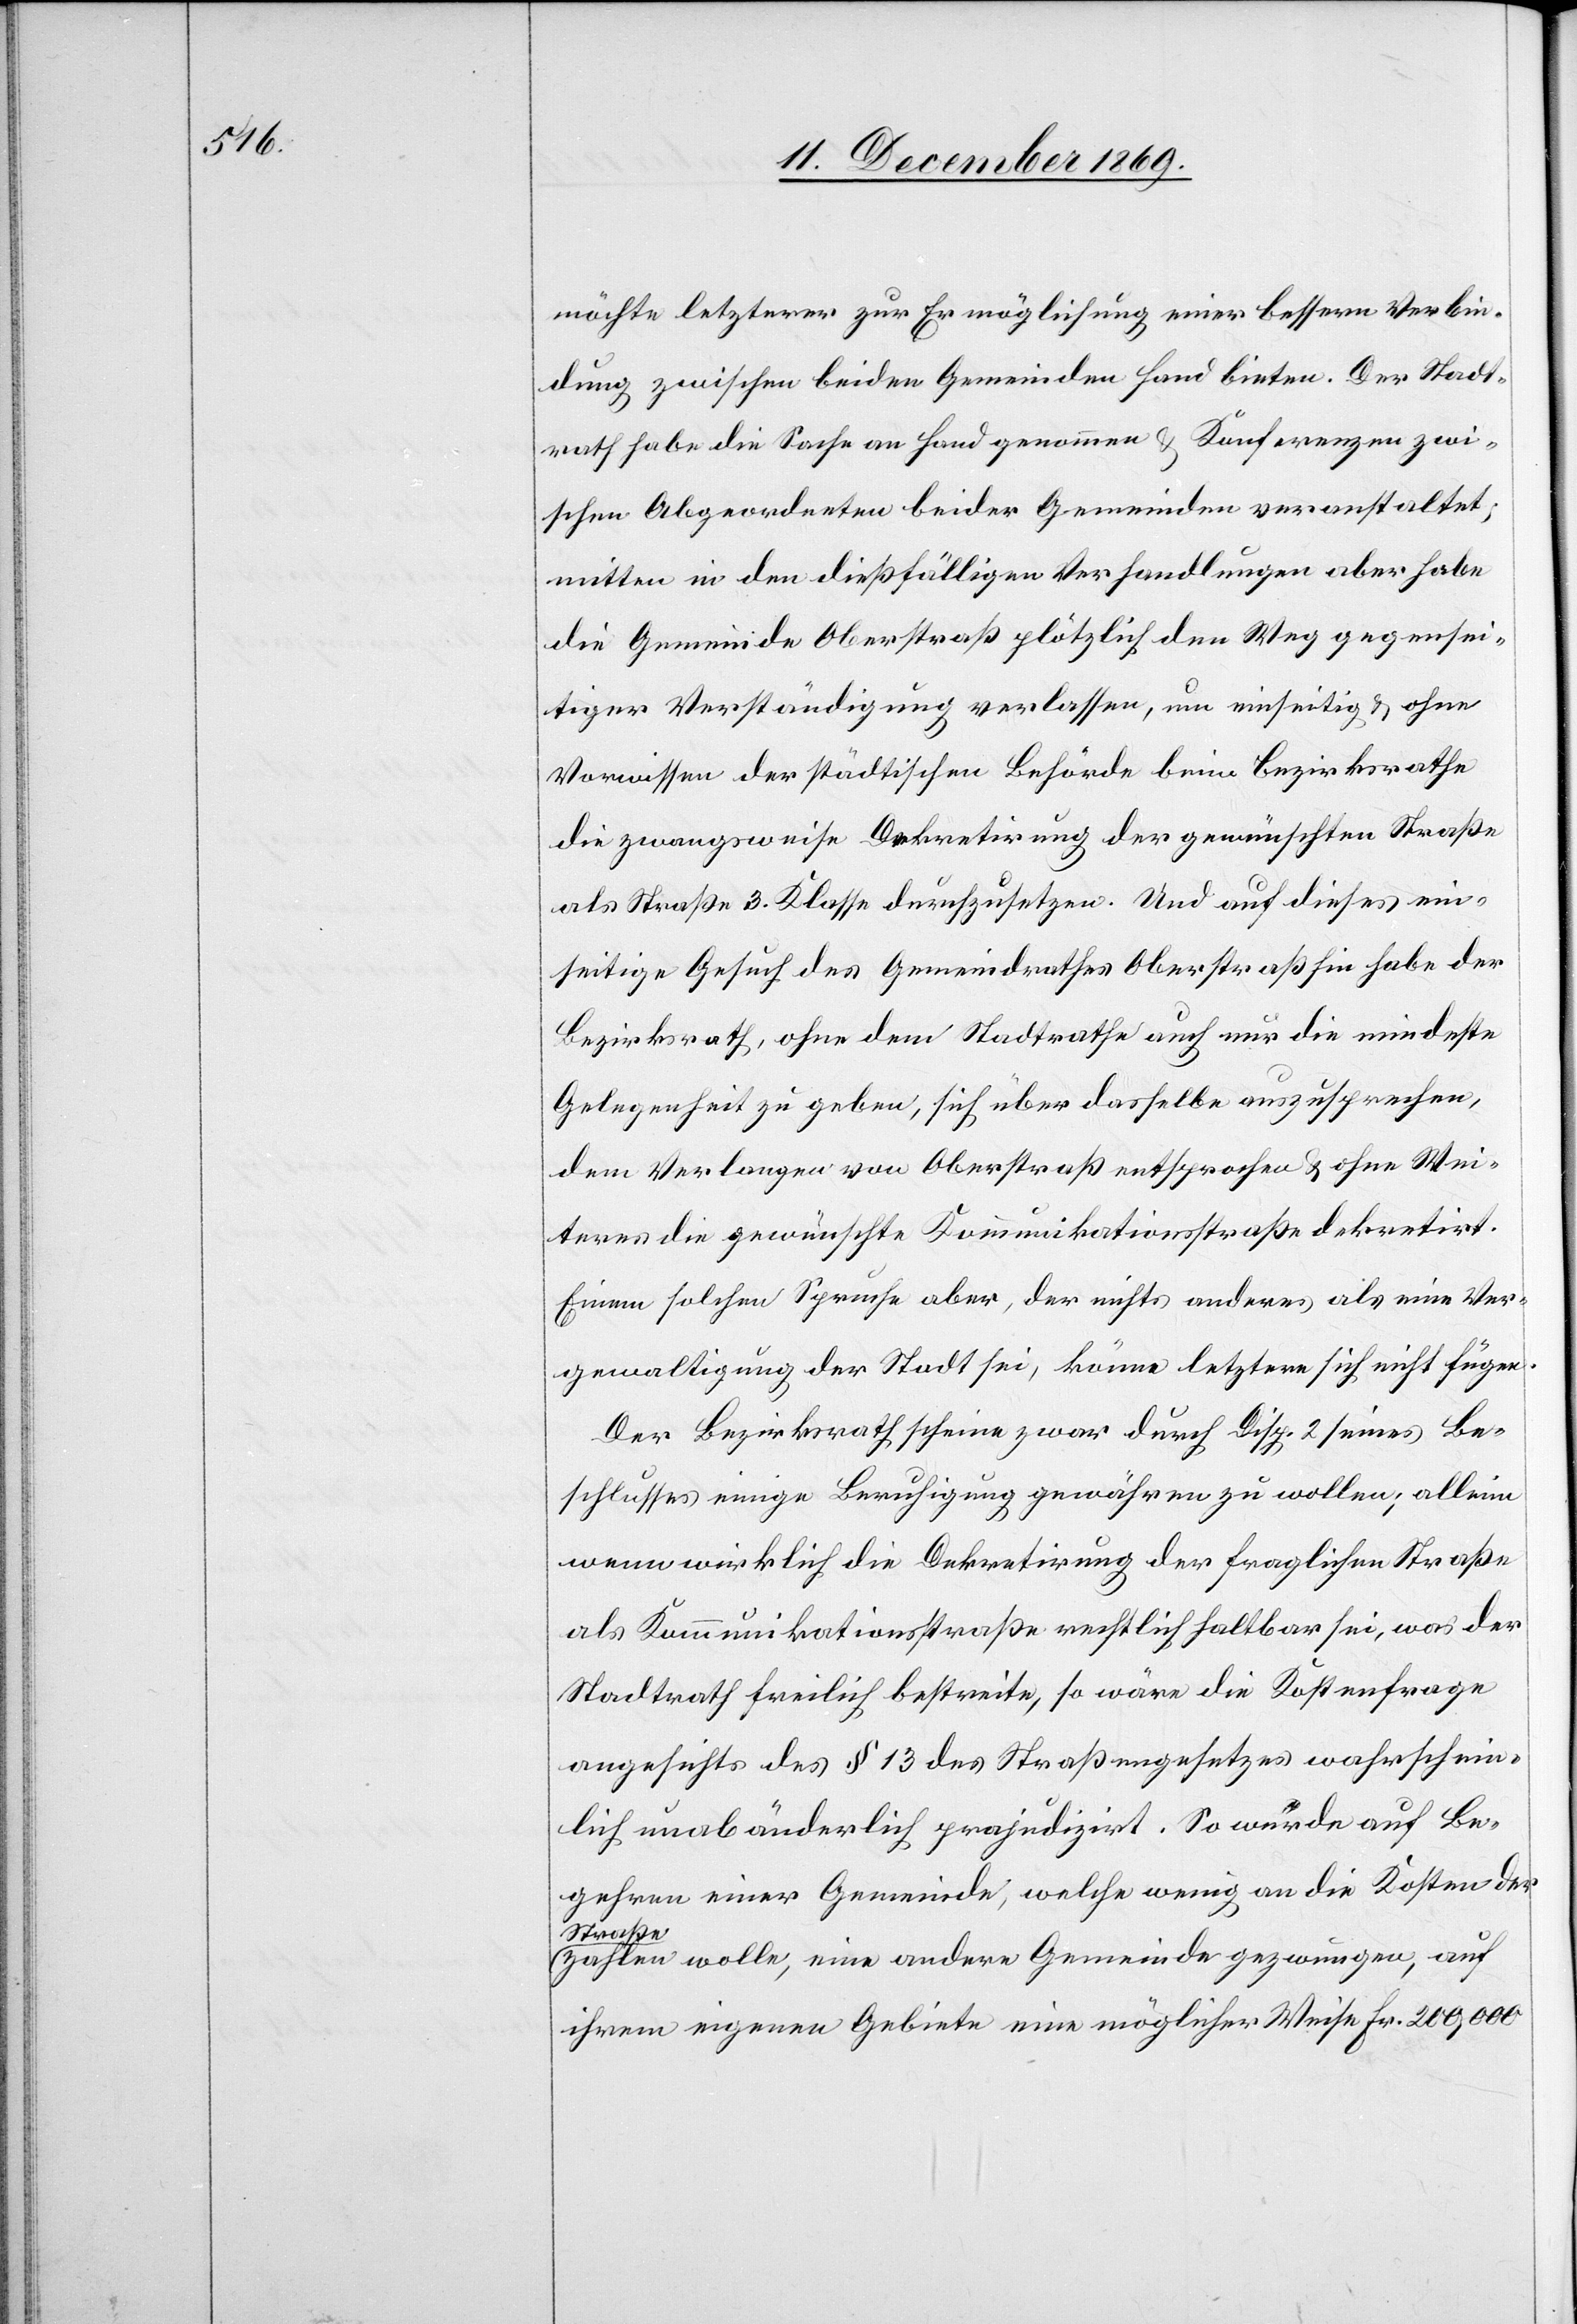
möchte letzterer zur Ermöglichung einer bessern Verbin¬
dung zwischen beiden Gemeinden Hand bieten. Der Stadt¬
rath habe die Sache an Hand genommen & Konferenzen zwi¬
schen Abgeordneten beider Gemeinden veranstaltet;
mitten in den dießfälligen Verhandlungen aber habe
die Gemeinde Oberstraß plötzlich den Weg gegensei¬
tiger Verständigung verlassen, um einseitig & ohne
Vorwissen der städtischen Behörde beim Bezirksrathe
die zwangsweise Dekretirung der gewünschten Straße
als Straße 3. Klasse durchzusetzen. Und auf dieses ein¬
seitige Gesuch des Gemeindrathes Oberstraß hin habe der
Bezirksrath, ohne dem Stadtrathe auch nur die mindeste
Gelegenheit zu geben, sich über dasselbe auszusprechen,
dem Verlangen von Oberstraß entsprochen & ohne Wei¬
teres die gewünschte Kommunikationsstraße dekretirt.
Einem solchen Spruche aber, der nichts anderes als eine Ver¬
gewaltigung der Stadt sei, könne letztere sich nicht fügen.
Der Bezirksrath scheine zwar durch Disp. 2 seines Be¬
schlusses einige Beruhigung gewähren zu wollen; allein
wenn wirklich die Dekretirung der fraglichen Straße
als Kommunikationsstraße rechtlich haltbar sei, was der
Stadtrath freilich bestreite, so wäre die Kostenfrage
angesichts des § 13 des Straßengesetzes wahrschein¬
lich unabänderlich präjudizirt. So würde auf Be¬
gehren einer Gemeinde, welche wenig an die Kosten der
Straße
zahlen wolle, eine andere Gemeinde gezwungen, auf
ihrem eigenen Gebiete eine möglicher Weise Fr. 200,000